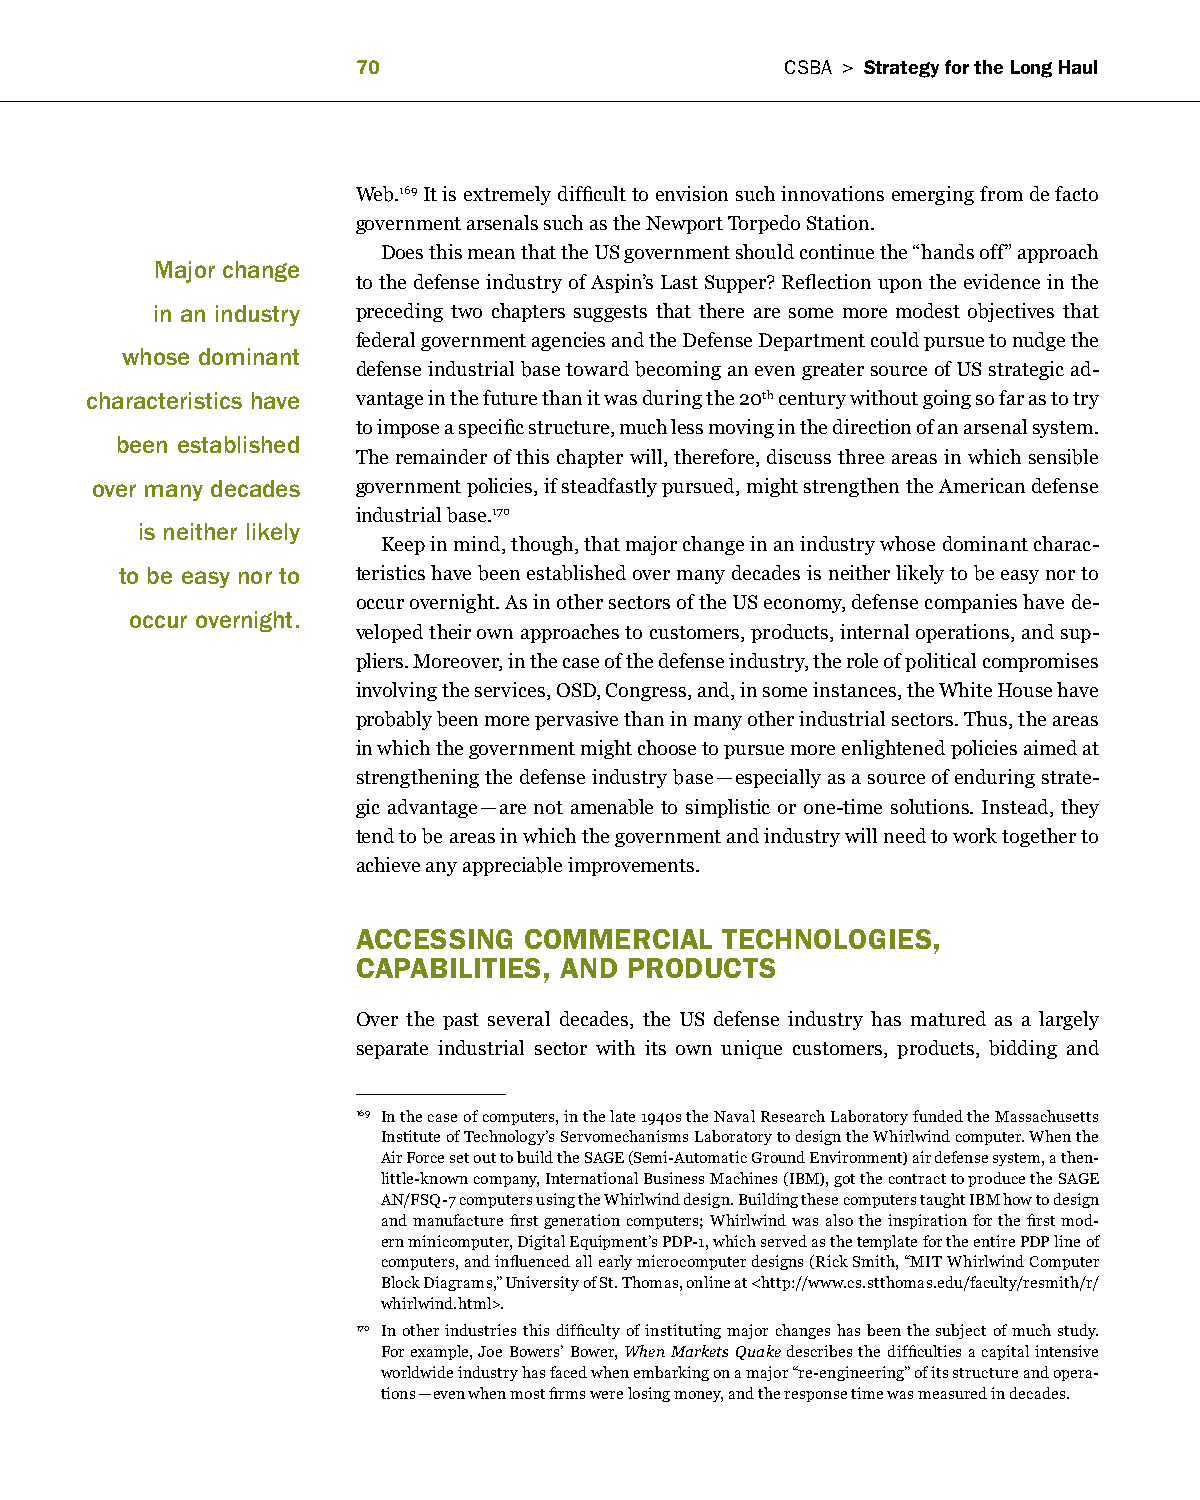
0                          CSBa > Strategy for the long haul
 Web.169 It is extremely difficult to envision such innovations emerging from de facto
 government arsenals such as the Newport Torpedo Station.
 Does this mean that the US government should continue the “hands off” approach
 major change
 to the defense industry of Aspin’s Last Supper? Reflection upon the evidence in the
 in an industry preceding two chapters suggests that there are some more modest objectives that
 federal government agencies and the Defense Department could pursue to nudge the
 whose dominant
 defense industrial base toward becoming an even greater source of US strategic ad-
 characteristics have vantage in the future than it was during the 20th century without going so far as to try
 to impose a specific structure, much less moving in the direction of an arsenal system.
 been established
 The remainder of this chapter will, therefore, discuss three areas in which sensible
 over many decades government policies, if steadfastly pursued, might strengthen the American defense
 industrial base.170
 is neither likely
 Keep in mind, though, that major change in an industry whose dominant charac-
 to be easy nor to teristics have been established over many decades is neither likely to be easy nor to
 occur overnight. As in other sectors of the US economy, defense companies have de-
 occur overnight.
 veloped their own approaches to customers, products, internal operations, and sup-
 pliers. Moreover, in the case of the defense industry, the role of political compromises
 involving the services, OSD, Congress, and, in some instances, the White House have
 probably been more pervasive than in many other industrial sectors. Thus, the areas
 in which the government might choose to pursue more enlightened policies aimed at
 strengthening the defense industry base — especially as a source of enduring strate-
 gic advantage — are not amenable to simplistic or one-time solutions. Instead, they
 tend to be areas in which the government and industry will need to work together to
 achieve any appreciable improvements.
 acceSSIng  commercIal   TechnologIeS,
 caPaBIlITIeS, anD ProDUcTS
 Over the past several decades, the US defense industry has matured as a largely
 separate industrial sector with its own unique customers, products, bidding and
 169 In the case of computers, in the late 1940s the Naval Research Laboratory funded the Massachusetts
 Institute of Technology’s Servomechanisms Laboratory to design the Whirlwind computer. When the
 Air Force set out to build the SAGE (Semi-Automatic Ground Environment) air defense system, a then-
 little-known company, International Business Machines (IBM), got the contract to produce the SAGE
 AN/FSQ-7 computers using the Whirlwind design. Building these computers taught IBM how to design
 and manufacture first generation computers; Whirlwind was also the inspiration for the first mod-
 ern minicomputer, Digital Equipment’s PDP-1, which served as the template for the entire PDP line of
 computers, and influenced all early microcomputer designs (Rick Smith, “MIT Whirlwind Computer
 Block Diagrams,” University of St. Thomas, online at <http://www.cs.stthomas.edu/faculty/resmith/r/
 whirlwind.html>.
 170 In other industries this difficulty of instituting major changes has been the subject of much study.
 For example, Joe Bowers’ Bower, When Markets Quake describes the difficulties a capital intensive
 worldwide industry has faced when embarking on a major “re-engineering” of its structure and opera-
 tions — even when most firms were losing money, and the response time was measured in decades.